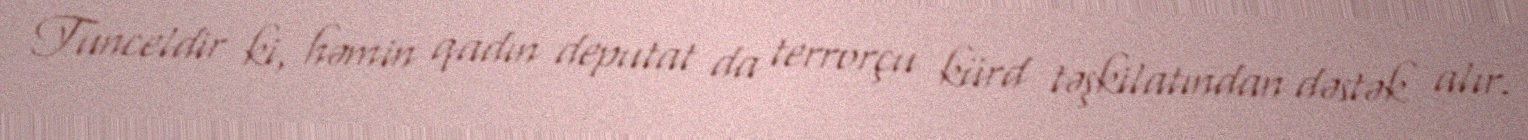
Tunceldir ki, həmin qadın deputat da terrorçu kürd təşkilatından dəstək alır.